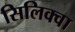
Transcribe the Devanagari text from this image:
सिलिक्वा